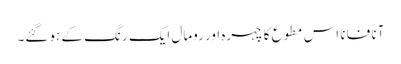
آناً فاناً اس مطوع کا چہرہ اور رومال ایک رنگ کے ہو گئے۔